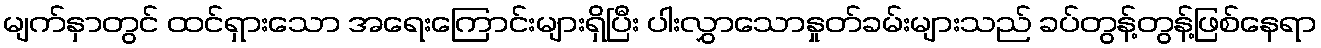
မျက်နှာတွင် ထင်ရှားသော အရေးကြောင်းများရှိပြီး ပါးလွှာသောနှုတ်ခမ်းများသည် ခပ်တွန့်တွန့်ဖြစ်နေရာ